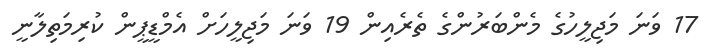
17 ވަނަ މަޖިލީހުގެ މެންބަރުންގެ ތެރެއިން 19 ވަނަ މަޖިލީހަށް އެމްޑީޕީން ކުރިމަތިލާނީ